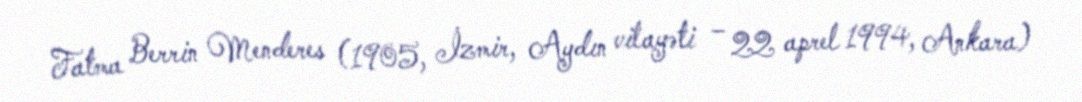
Fatma Berrin Menderes (1905, İzmir, Aydın vilayəti – 22 aprel 1994, Ankara)